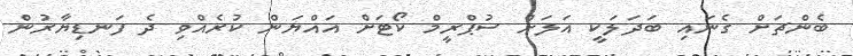
ބެންޗަށް ގެނައި ބަދަލަކީ އަލަށް ސުޕްރީމް ކޯޓަށް އައްޔަން ކުރެއްވި ދެ ފަނޑިޔާރުން